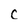
Character: c